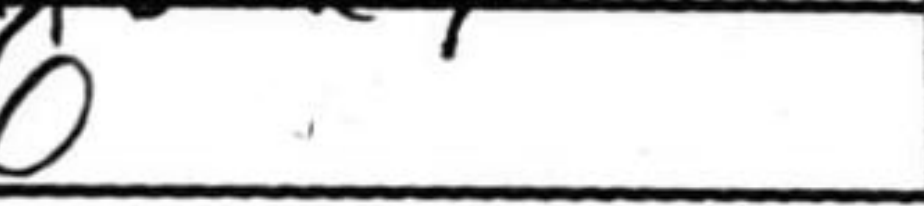
Transcription: c6